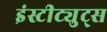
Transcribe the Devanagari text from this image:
इंस्टीट्युट्स